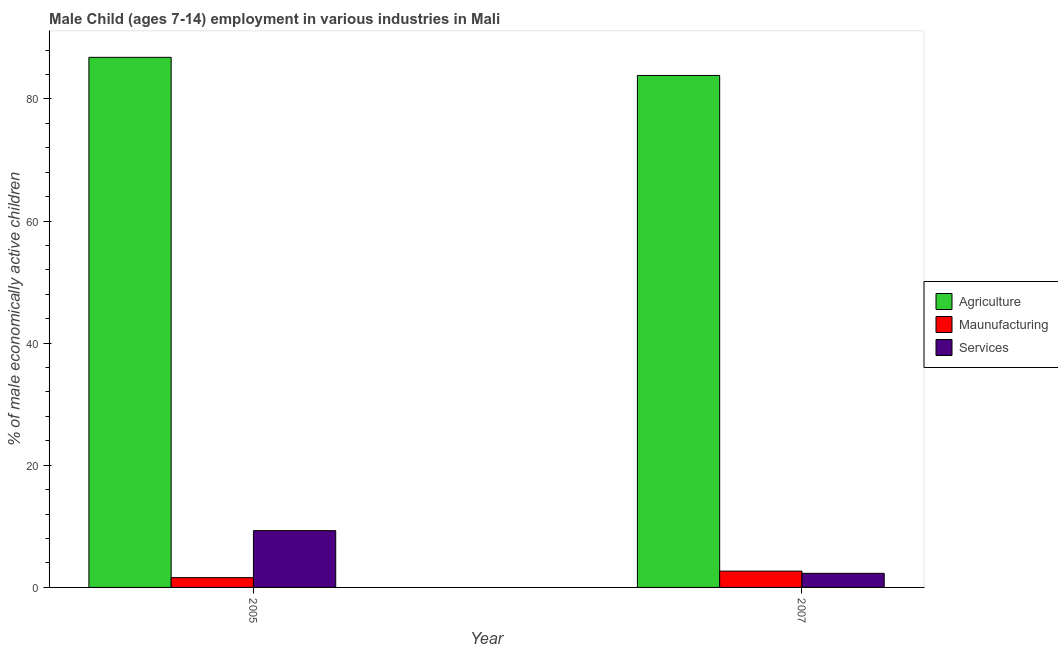
| Year | Agriculture | Maunufacturing | Services |
 | --- | --- | --- | --- |
 | 2005 | 86.8 | 1.6 | 9.3 |
 | 2007 | 83.8 | 2.67 | 2.31 |